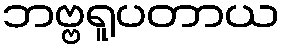
ဘဗ္ဗရူပတာယ